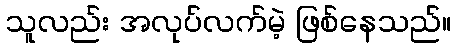
သူလည်း အလုပ်လက်မဲ့ ဖြစ်နေသည်။